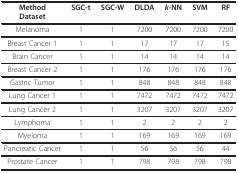
| MethodDataset | SGC-t | SGC-W | DLDA | k-NN | SVM | RF |
 | --- | --- | --- | --- | --- | --- | --- |
 | Melanoma | 1 | 1 | 7200 | 7200 | 7200 | 7200 |
 | Breast Cancer 1 | 1 | 1 | 17 | 17 | 17 | 15 |
 | Brain Cancer | 1 | 1 | 14 | 14 | 14 | 14 |
 | Breast Cancer 2 | 1 | 1 | 176 | 176 | 176 | 176 |
 | Gastric Tumor | 1 | 1 | 848 | 848 | 848 | 848 |
 | Lung Cancer 1 | 1 | 1 | 7472 | 7472 | 7472 | 7472 |
 | Lung Cancer 2 | 1 | 1 | 3207 | 3207 | 3207 | 3207 |
 | Lymphoma | 1 | 1 | 2 | 2 | 2 | 2 |
 | Myeloma | 1 | 1 | 169 | 169 | 169 | 169 |
 | Pancreatic Cancer | 1 | 1 | 56 | 56 | 56 | 44 |
 | Prostate Cancer | 1 | 1 | 798 | 798 | 798 | 798 |